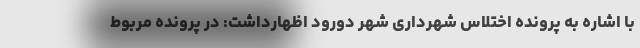
با اشاره به پرونده اختلاس شهرداری شهر دورود اظهارداشت: در پرونده مربوط